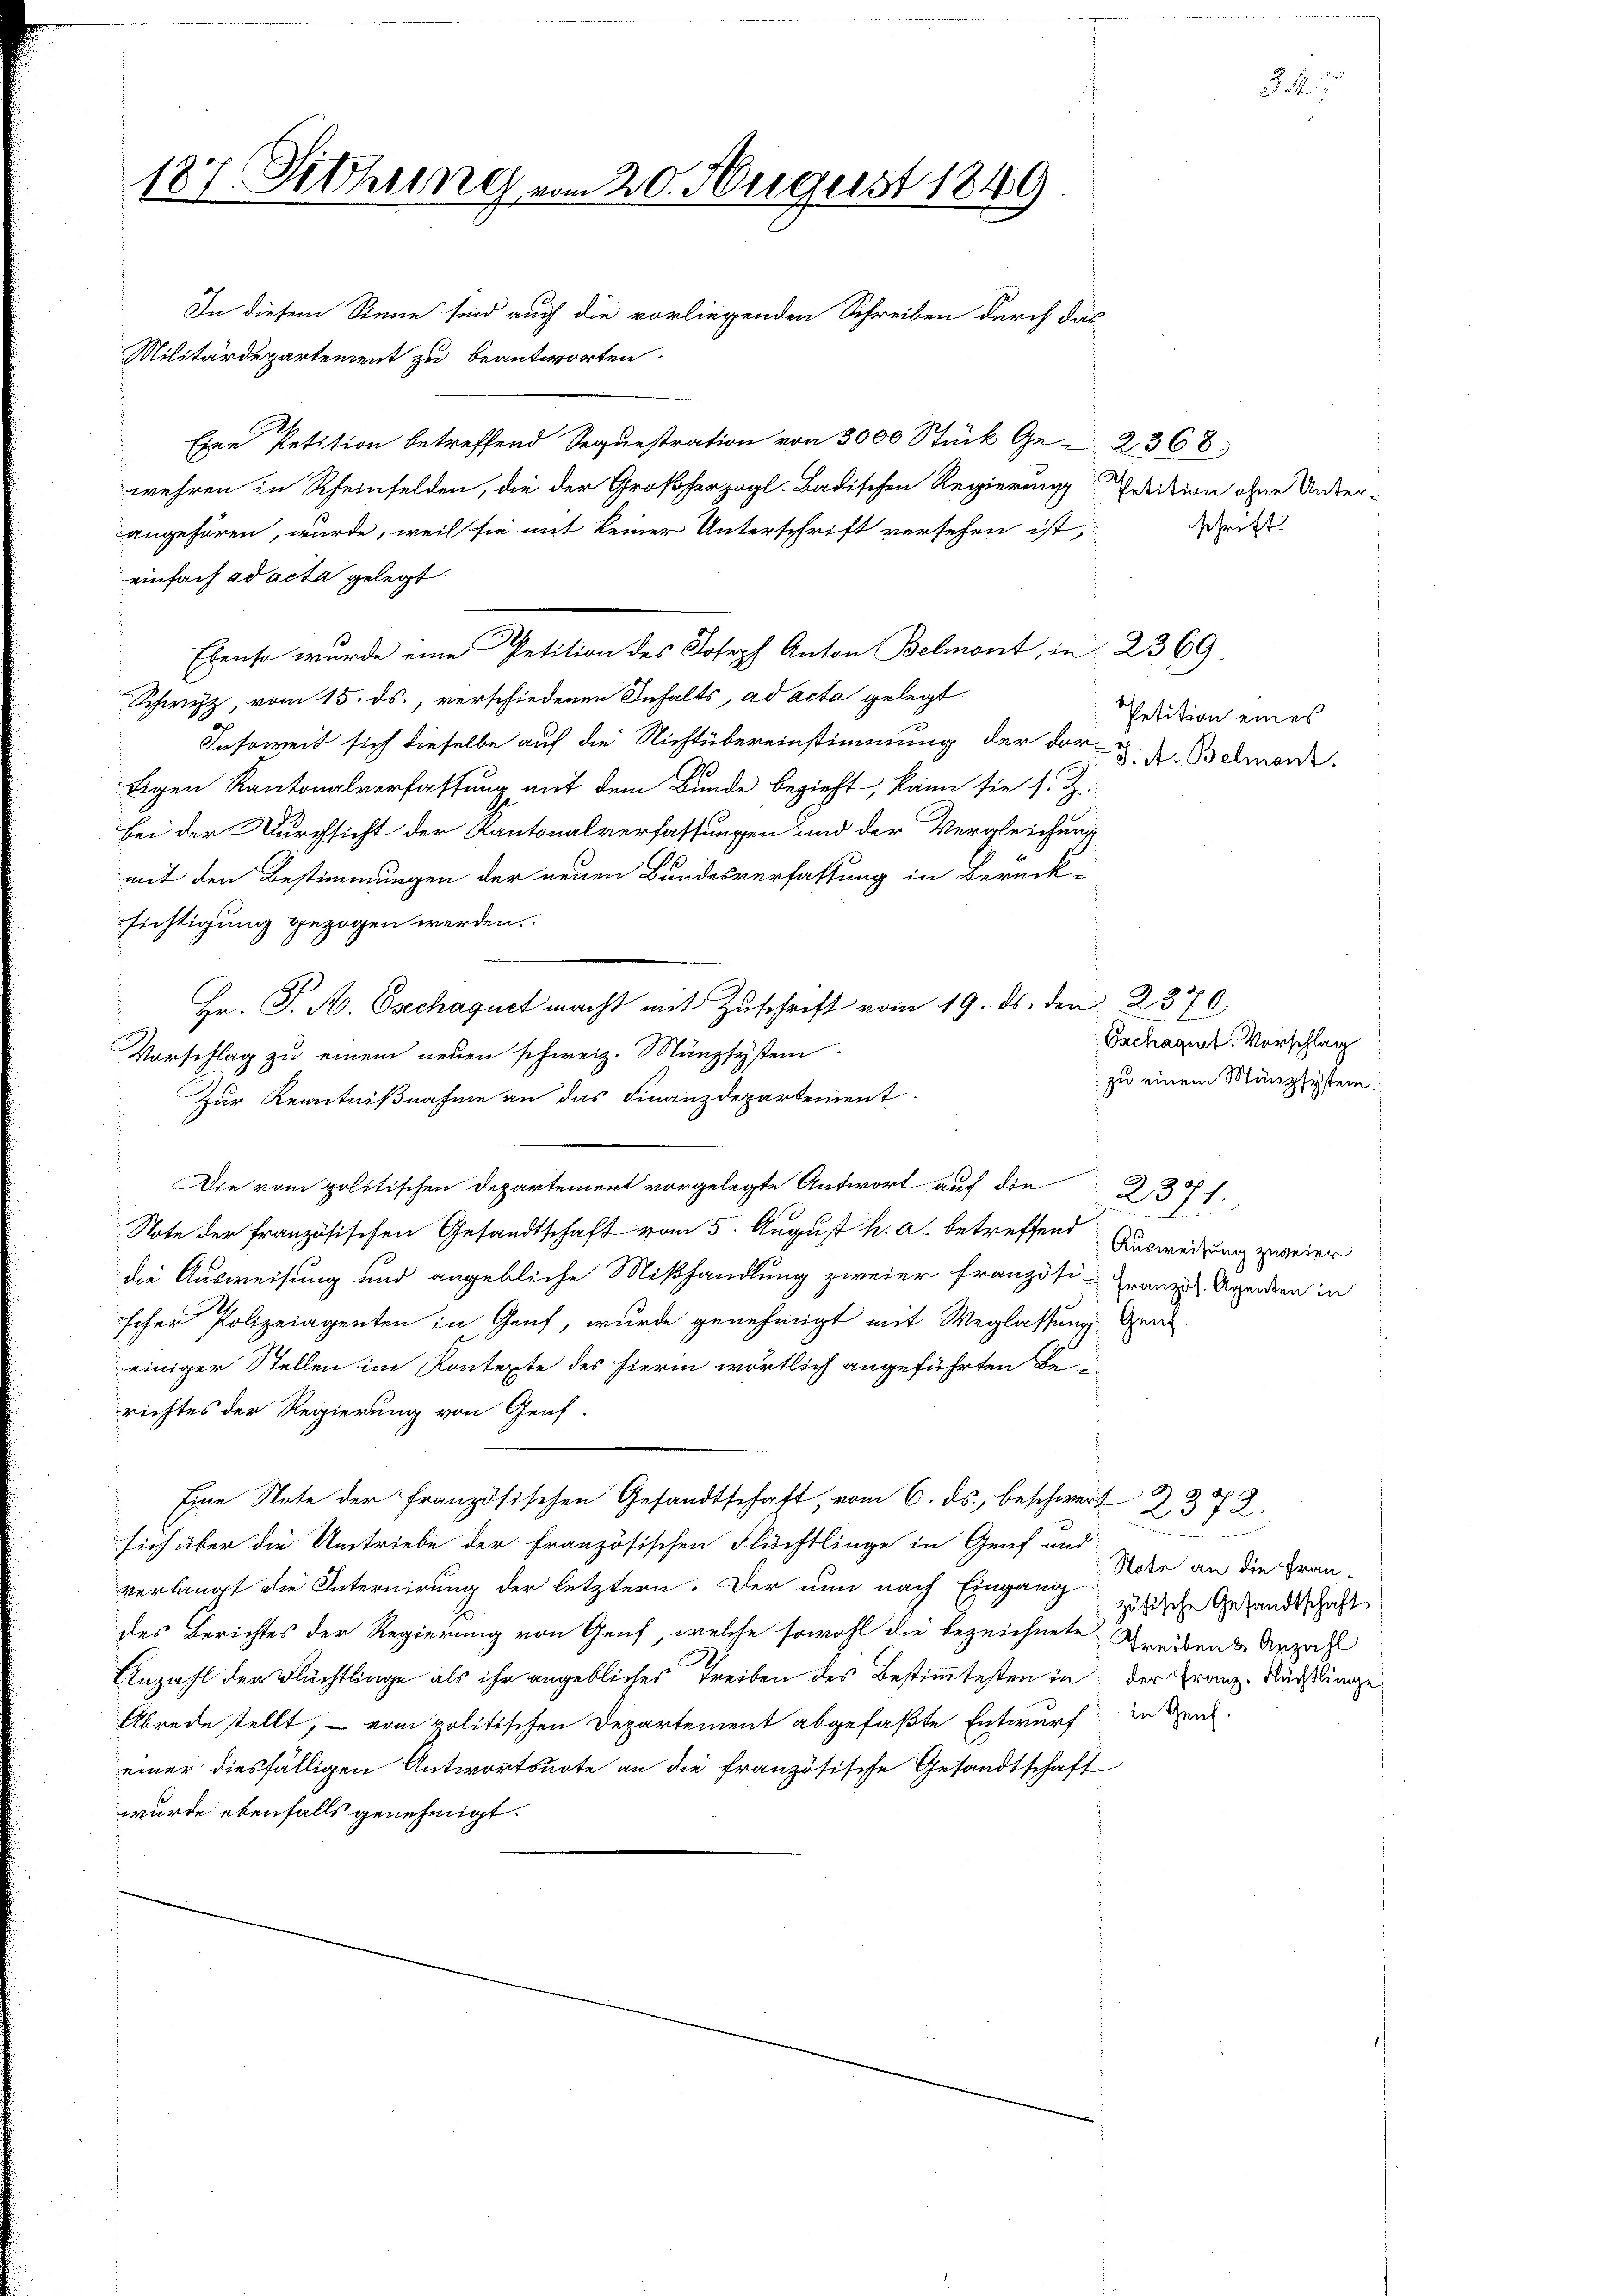
187. Sitzung vom 20. August 1849
In diesem Sinne sind auch die vorliegenden Schreiben durch das

Militärdepartement zu beantworten.
Eine Petition betreffend Sequestration von 3000 Stück Ge-2368.
wehren in Rheinfelden, die der Großherzogl. Badischen Regierung Petition ohne Unterangehören, wurde, weil sie mit keiner Unterschrift versehen ist,
einfach ad acta gelegt.
 Schwyz, vom 15. ds., verschiedenen Inhalts, ad acta gelegt.
Insoweit sich dieselbe auf die Nichtübereinstimmung der dor- u. A. Belman
Eigen Kantonalverfassung auf dem Bunde bezieht, kann sie s. Z.
bei der Durchsicht der Kantonalverfassungen und der Vergleichung
mit den Bestimmungen der neuen Bundesverfassung in Berück-
sichtigung gezogen werden.
Hr. P. N. Oschaguet macht mit Zuschrift vom 19. ds. den 2370.
Vorschlag zu einem neuen schweiz. Münzsystem
Zur Kenntnißnahme an das Finanzdepartement
Die vom politischen Departement vorgelegte Antwort auf die
237
Note der französischen Gesandtschaft vom 5. August h. a. betreffend Ausweisung zweier
die Ausweisung und angebliche Mißhandlung zweier französi-Franzis Agenden in
scher Polizeiagenten in Genf, wurde genehmigt mit Weglassung gen
einiger Stellen im Kontexte des hierin wörtlich angeführten Be
richtes der Regierung von Genf.
.
Eine Note der Französischen Gesandtschaft, vom 6. ds. beschwert 2372.
e
sich über die Umtriebe der französischen Flüchtlinge in Genf und
verlangt die Internirung der letztern. Der nun nach Eingang zösische Gesandtschaft
des Berichtes der Regierung von Genf, welche sowohl die bezeichnete Streibens Anzah
Anzahl der Flüchtlinge als ihr angebliches Treiben des Bestimmtesten in der Franz-Rürstlinge
Abrede stellt, – vom politischen Departement abgefaßte Entwurf in de
einer diesfälligen Antwortsnote an die französische Gesandtschaft
wurde ebenfalls genehmigt.

Ebenso wurde eine Petition des Joseph Anton Belmont, in 2369.

20
1.
u

schrift.

Petition eines

Enchagnet. Vorschlag
zu einem Münzsystem.

Note an die Fran¬